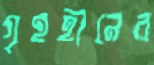
গৃহহীনের